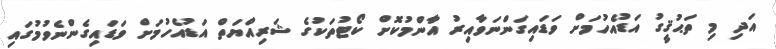
އަދި މި ތަޙުޤީގު އަޑުއެހުމަށް ވަޑައިގަންނަވާއިރު އާންމުކޮށް ކޯޓުތަކުގެ ޝަރިއްޔަތް އަޑުއެހުމަށް ވަޑައިގެންނެވުމުގައި